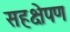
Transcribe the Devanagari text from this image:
सहक्षेपण